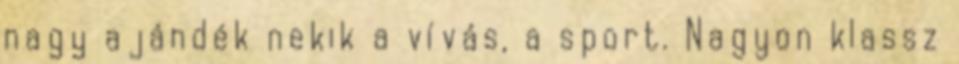
nagy ajándék nekik a vívás, a sport. Nagyon klassz